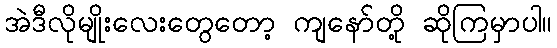
အဲဒီလိုမျိုးလေးတွေတော့ ကျနော်တို့ ဆိုကြမှာပါ။